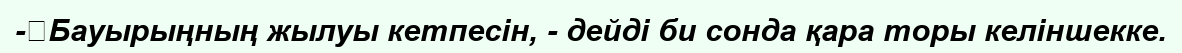
-	Бауырыңның жылуы кетпесін, - дейді би сонда қара торы келіншекке.